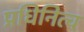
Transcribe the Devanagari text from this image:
प्रधिनित्व